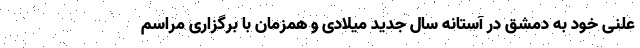
علنی خود به دمشق در آستانه سال جدید میلادی و همزمان با برگزاری مراسم